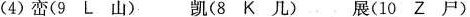
(4)峦(9 L 山) 凯(8 K 几) 展(10 Z 尸)